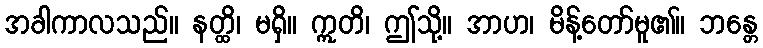
အခါကာလသည်။ နတ္ထိ၊ မရှိ။ ဣတိ၊ ဤသို့။ အာဟ၊ မိန့်တော်မူ၏။ ဘန္တေ